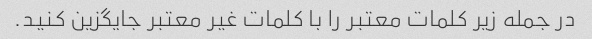
در جمله زیر کلمات معتبر را با کلمات غیر معتبر جایگزین کنید.